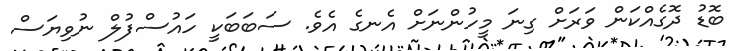
ބޮޑު ދޮގެއްކަން ވަރަށް ގިނަ މީހުންނަށް އެނގެ އެވެ. ސަބަބަކީ ހައުސްފުލް ނުވިޔަސް